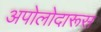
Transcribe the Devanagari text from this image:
अपोलोदारूस